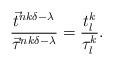
LaTeX: \begin{align*}\frac{\vec{t}^{nk\delta-\lambda}}{\vec{\tau}^{nk\delta-\lambda}}=\frac{t_{l}^{k}}{\tau_{l}^{k}}.\end{align*}